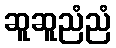
ဆူဆူညံညံ